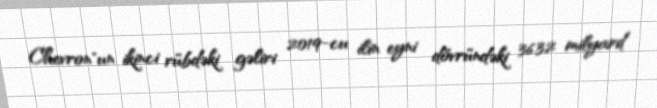
Chevron"un ikinci rübdəki gəliri 2019-cu ilin eyni dövründəki 36.32 milyard